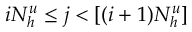
i N _ { h } ^ { u } \le j < [ ( i + 1 ) N _ { h } ^ { u } ]